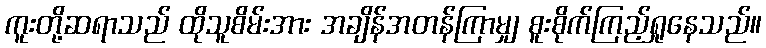
ကူးတို့ဆရာသည် ထိုသူစိမ်းအား အချိန်အတန်ကြာမျှ စူးစိုက်ကြည့်ရှုနေသည်။